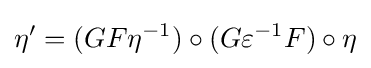
\eta '=(GF\eta ^{-1})\circ (G\varepsilon ^{-1}F)\circ \eta